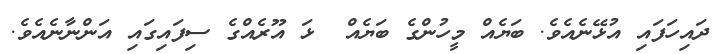
ދައިހަފައި އުޅޭނެއެވެ. ބަޔެއް މީހުންގެ ބަޔެއް  ޅަ އޫރެއްގެ ސިފައިގައި އަންނާނެއެވެ.